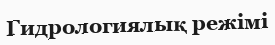
Гидрологиялық режімі